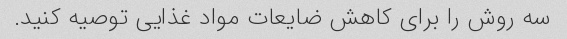
سه روش را برای کاهش ضایعات مواد غذایی توصیه کنید.